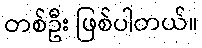
တစ်ဦး ဖြစ်ပါတယ်။